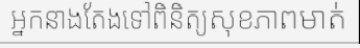
អ្នកនាងតែងទៅពិនិត្យសុខភាពមាត់